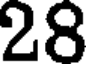
28